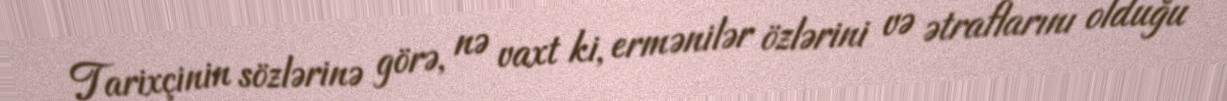
Tarixçinin sözlərinə görə, nə vaxt ki, ermənilər özlərini və ətraflarını olduğu